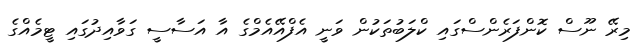
މިރޭ ނޫސް ކޮންފަރެންސްގައި ކްލަބުތަކުން ވަނީ އެފްއޭއެމްގެ އާ އަސާސީ ގަވާއިދުގައި ޓީމެއްގެ